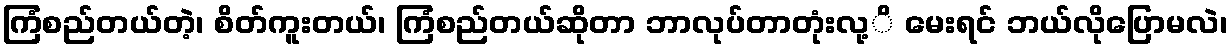
ကြံစည်တယ်တဲ့၊ စိတ်ကူးတယ်၊ ကြံစည်တယ်ဆိုတာ ဘာလုပ်တာတုံးလု့ိ မေးရင် ဘယ်လိုပြောမလဲ၊